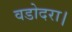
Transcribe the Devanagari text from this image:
वडोदरा।